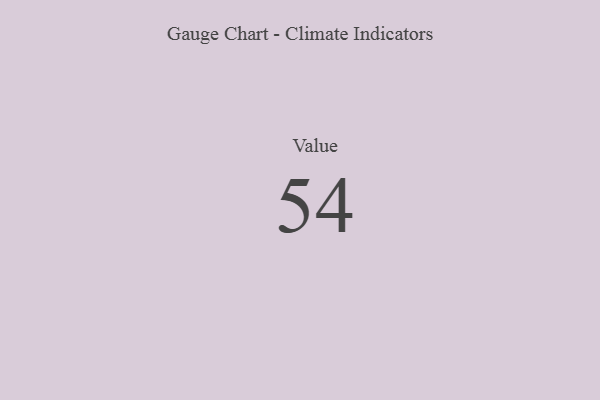
{"axis": {"x": "Metric", "y": "Value"}, "legend": [""], "data": [{"x": "Value", "y": 54, "type": ""}]}